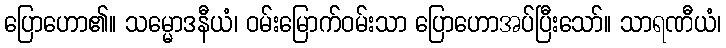
ပြောဟော၏။ သမ္မောဒနီယံ၊ ဝမ်းမြောက်ဝမ်းသာ ပြောဟောအပ်ပြီးသော်။ သာရဏီယံ၊